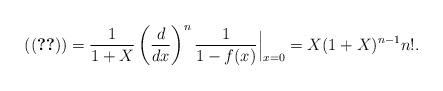
LaTeX: \begin{align*}(\eqref{eq_generalized_order_1})=\frac{1}{1+X}\left(\frac{d}{dx}\right)^{n}\frac{1}{1-f(x)}\Big|_{x=0}=X(1+X)^{n-1}n!.\end{align*}